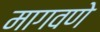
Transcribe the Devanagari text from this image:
मागवणे